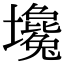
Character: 𡓦